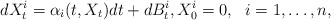
\begin{align*}dX^i_t = \alpha_i(t,X_t)dt + dB^i_t, X^i_0=0, \ \ i=1,\ldots,n, \end{align*}